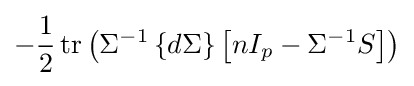
-{1 \over 2}\operatorname {tr} \left(\Sigma ^{-1}\left\{d\Sigma \right\}\left[nI_{p}-\Sigma ^{-1}S\right]\right)